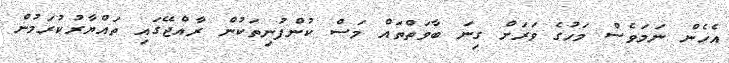
އެހެން ނަމަވެސް މަހުގެ ވަރަށް ގިނަ ބާވަތްތައް މަސް ކުންފުނިތަކުން ރާއްޖޭގައި ތައްޔާރުކުރަމުން